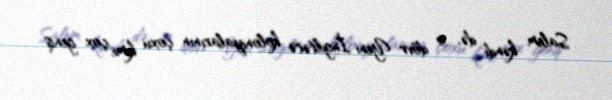
Salem kəndi də, o dövr Yeni İngiltərə koloniyalarının çoxu kimi, çox geniş